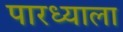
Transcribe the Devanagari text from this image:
पारध्याला